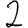
Digit: 2